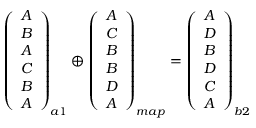
\begin{array} { r } { \left( \begin{array} { c } { A } \\ { B } \\ { A } \\ { C } \\ { B } \\ { A } \end{array} \right) _ { a 1 } \oplus \left( \begin{array} { c } { A } \\ { C } \\ { B } \\ { B } \\ { D } \\ { A } \end{array} \right) _ { m a p } = \left( \begin{array} { c } { A } \\ { D } \\ { B } \\ { D } \\ { C } \\ { A } \end{array} \right) _ { b 2 } } \end{array}